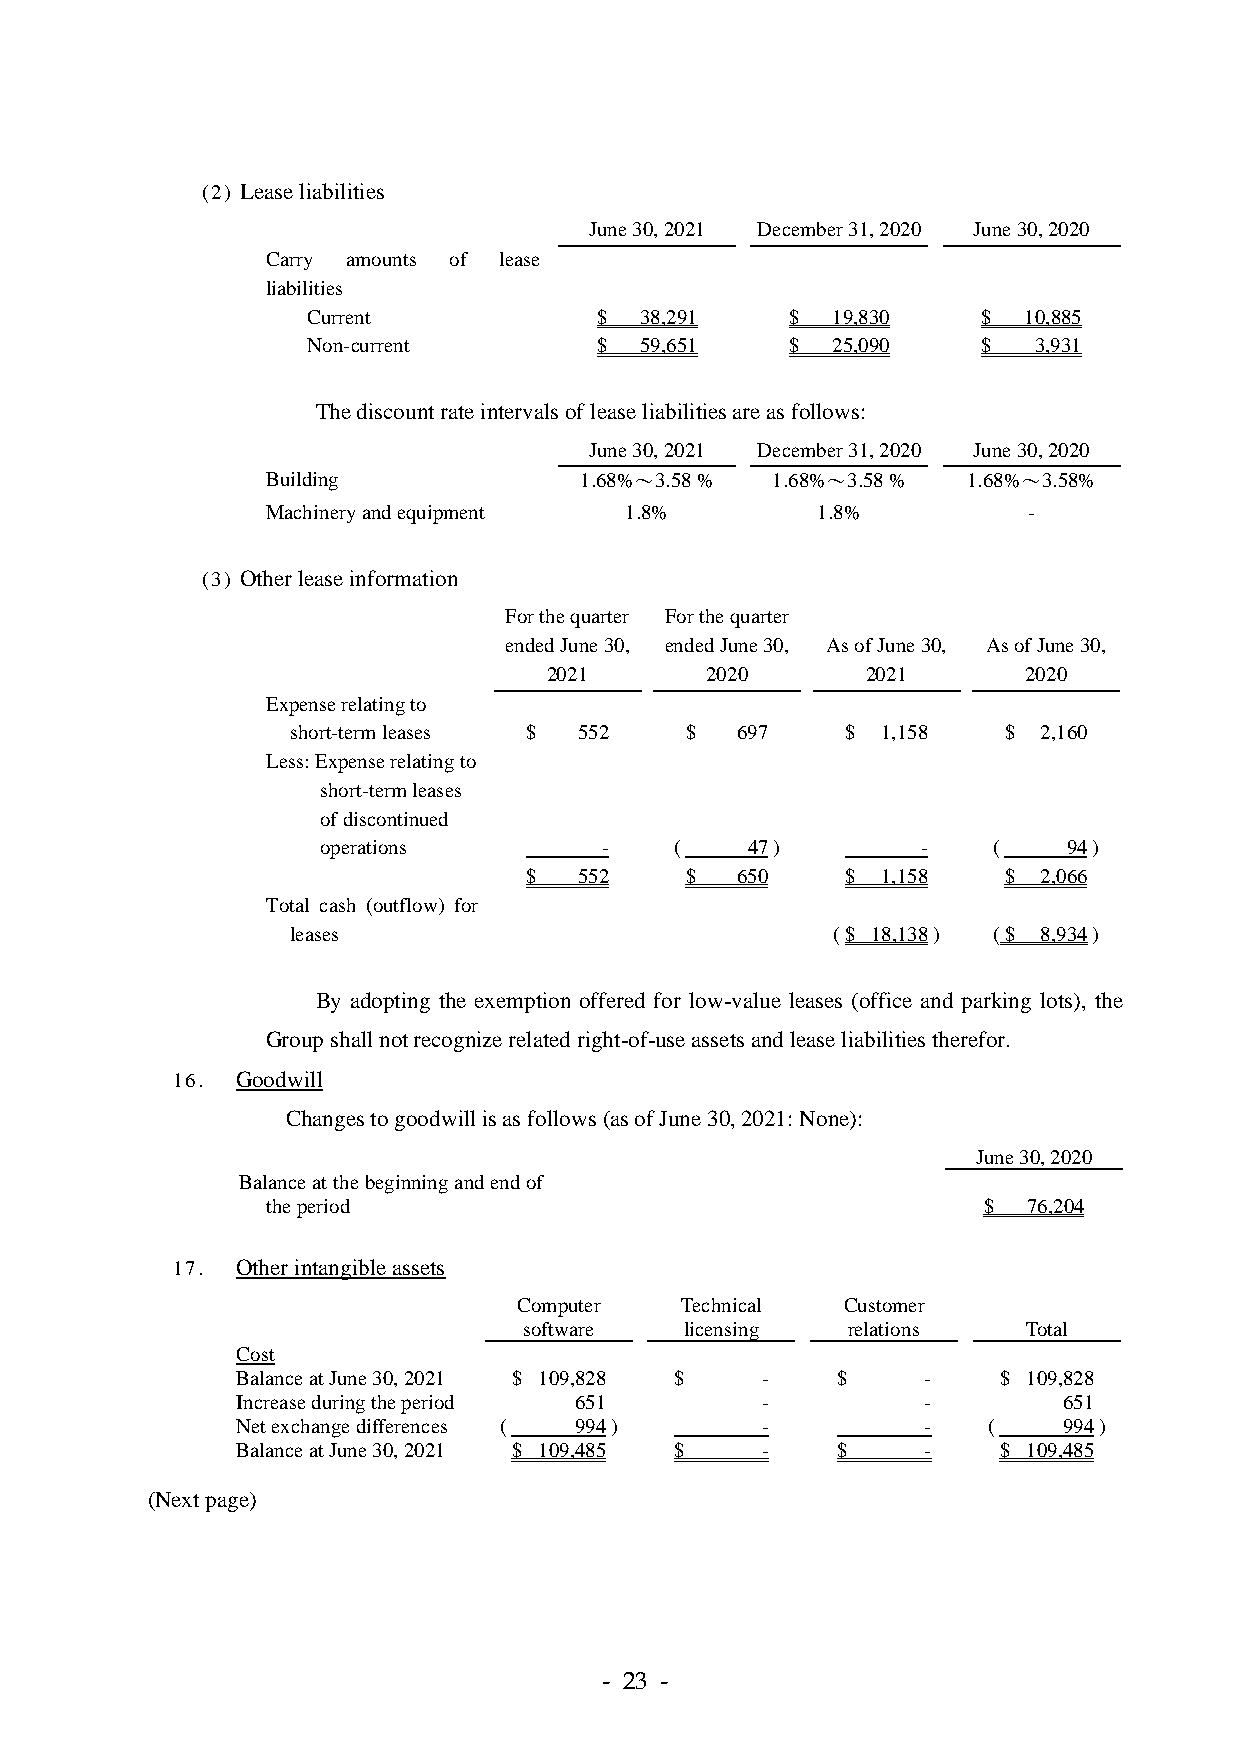
(2) Lease liabilities
 June 30, 2021 December 31, 2020 June 30, 2020
 Carry amounts of lease
 liabilities
 Current            $  38,291    $  19,830    $  10,885
 Non-current        $  59,651    $  25,090    $  3,931
 The discount rate intervals of lease liabilities are as follows:
 June 30, 2021 December 31, 2020 June 30, 2020
 Building            1.68%～3.58 % 1.68%～3.58 % 1.68%～3.58%
 Machinery and equipment 1.8%        1.8%          -
 (3) Other lease information
 For the quarter For the quarter
 ended June 30, ended June 30, As of June 30, As of June 30,
 2021       2020      2021       2020
 Expense relating to
 short-term leases $ 552   $   697    $ 1,158   $  2,160
 Less: Expense relating to
 short-term leases
 of discontinued
 operations         -    (   47 )        -    (    94 )
 $  552    $   650    $ 1,158   $  2,066
 Total cash (outflow) for
 leases                              ( $ 18,138 ) ( $ 8,934 )
 By adopting the exemption offered for low-value leases (office and parking lots), the
 Group shall not recognize related right-of-use assets and lease liabilities therefor.
 16.  Goodwill
 Changes to goodwill is as follows (as of June 30, 2021: None):
 June 30, 2020
 Balance at the beginning and end of
 the period                                     $  76,204
 17.  Other intangible assets
 Computer   Technical  Customer
 software  licensing  relations   Total
 Cost
 Balance at June 30, 2021 $ 109,828 $ - $     -    $ 109,828
 Increase during the period 651    -          -        651
 Net exchange differences ( 994 )  -          -   (    994 )
 Balance at June 30, 2021 $ 109,485 $ - $     -    $ 109,485
 (Next page)
 - 23 -